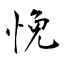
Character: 悗